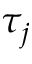
\tau _ { j }